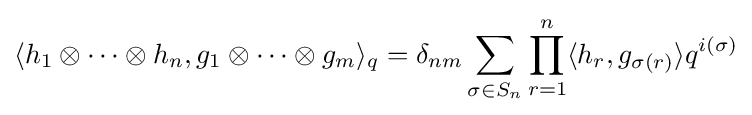
\langle h_{1}\otimes \cdots \otimes h_{n},g_{1}\otimes \cdots \otimes g_{m}\rangle _{q}=\delta _{nm}\sum _{\sigma \in S_{n}}\prod _{r=1}^{n}\langle h_{r},g_{\sigma (r)}\rangle q^{i(\sigma )}